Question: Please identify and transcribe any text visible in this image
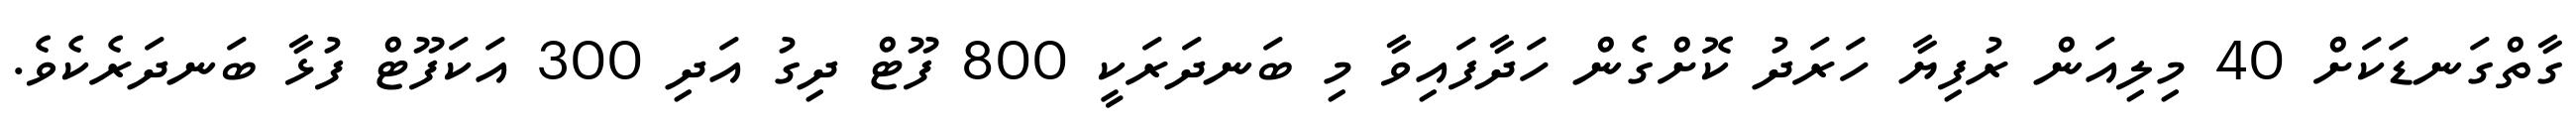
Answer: ގާތްގަނޑަކަށް 40 މިލިއަން ރުފިޔާ ހަރަދު ކޮށްގެން ހަދާފައިވާ މި ބަނދަރަކީ 800 ފޫޓް ދިގު އަދި 300 އަކަފޫޓް ފުޅާ ބަނދަރެކެވެ.